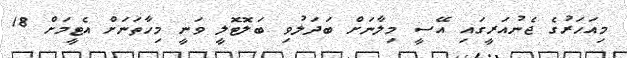
މިއަހަރުގެ ޖެނުއަރީގައި އޭސީ މިލާނަށް ބަދަލުވި ބަލޮޓޮލީ ވަނީ މިހާތަނަށް އެޓީމަށް 18